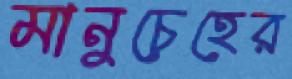
মানুচেহের